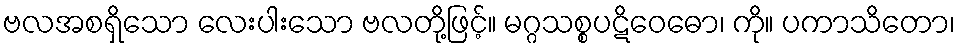
ဗလအစရှိသော လေးပါးသော ဗလတို့ဖြင့်။ မဂ္ဂသစ္စပဋိဝေဓော၊ ကို။ ပကာသိတော၊